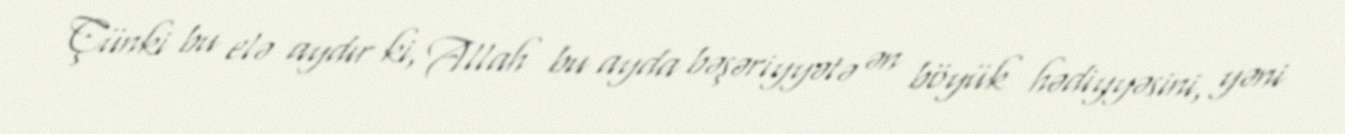
Çünki bu elə aydır ki, Allah bu ayda bəşəriyyətə ən böyük hədiyyəsini, yəni